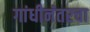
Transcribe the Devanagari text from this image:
गांधीनंतरचा